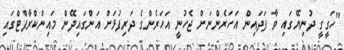
"ހަގީގީ ދުނިޔޭގައި ވާ ފަދައިން އަހަރެންނަށް ޖެހުނީ އަހަރެންގެ ދަރިފުޅަށް އަންގައިދޭން މައިންކްރާފްޓްގައި